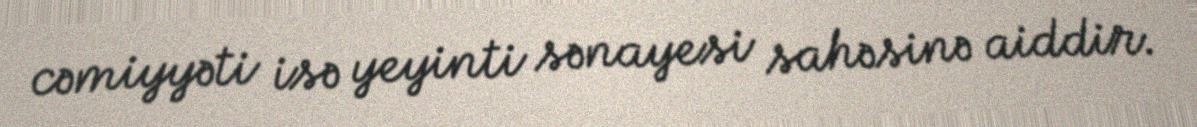
cəmiyyəti isə yeyinti sənayesi sahəsinə aiddir.